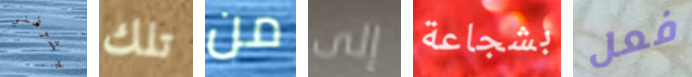
يشرفني تلك من إلى بشجاعة فعل